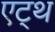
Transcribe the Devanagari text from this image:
एट्थ